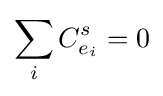
\sum _{i}C_{e_{i}}^{s}=0